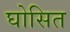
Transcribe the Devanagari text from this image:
घोसित